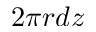
2 \pi r d z